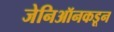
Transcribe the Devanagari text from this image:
जेनिऑनकडून